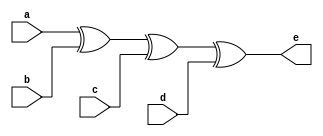
`timescale 1ns / 1ps
module pbg(
input a,b,c,d,
output e
    );
    assign e = a^b^c^d;
endmodule